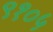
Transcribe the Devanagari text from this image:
९१०५